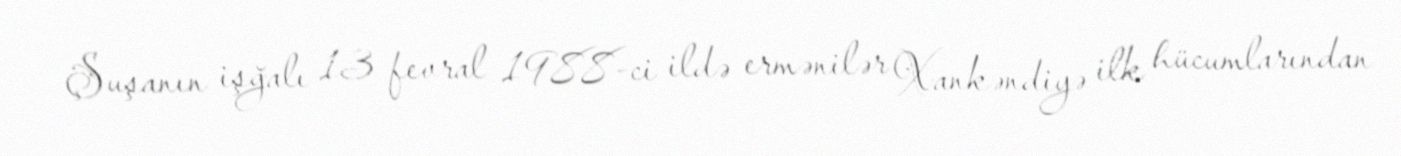
Şuşanın işğalı 13 fevral 1988-ci ildə ermənilər Xankəndiyə ilk hücumlarından